Civil Veterinary Department Bengal reports 1933-51 - 1933-1951
Year: 1933
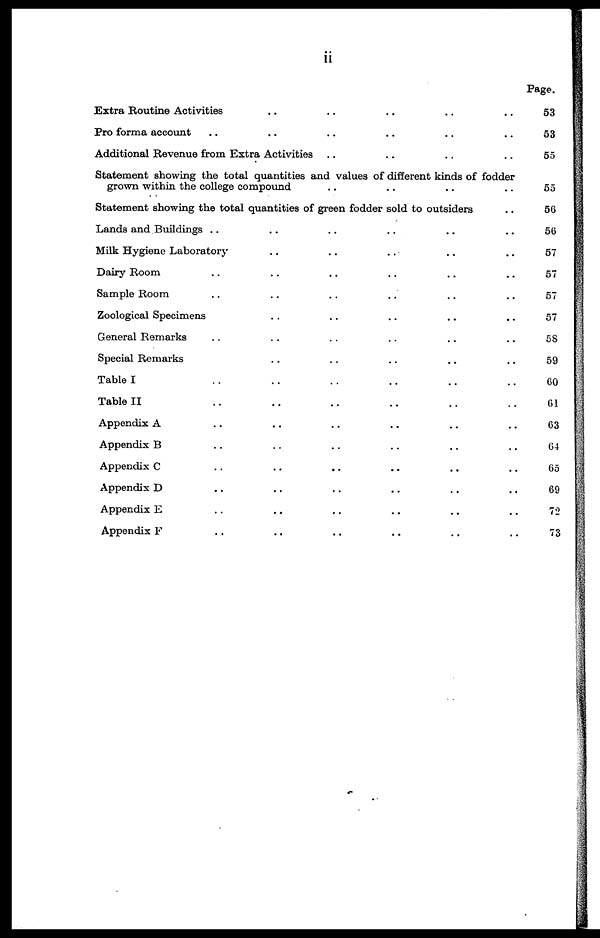
ii
Extra Routine Activities .. .. .. .. ..
Pro forma account .. .. .. .. .. ..
Additional Revenue from Extra Activities .. .. .. ..
Statement showing the total quantities and values of different kinds of fodder
grown within the college compound .. .. .. ..
Statement showing the total quantities of green fodder sold to outsiders ..
Lands and Buildings .. .. .. .. .. ..
Milk Hygiene Laboratory .. .. .. .. ..
Dairy Room .. .. .. .. .. ..
Sample Room .. .. .. .. .. ..
Zoological Specimens .. .. .. .. ..
General Remarks .. .. .. .. .. ..
Special Remarks .. .. .. .. ..
Table I .. .. .. .. .. ..
Table II .. .. .. .. .. ..
Appendix A .. .. .. .. .. ..
Appendix B .. .. .. .. .. ..
Appendix C .. .. .. .. .. ..
Appendix D .. .. .. .. .. ..
Appendix E .. .. .. .. .. ..
Appendix F .. .. .. .. .. ..
Page.
53
53
55
55
56
56
57
57
57
57
58
59
60
61
63
64
65
69
72
73